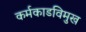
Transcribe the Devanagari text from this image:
कर्मकाडविमुख